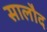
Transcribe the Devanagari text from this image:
सालौद